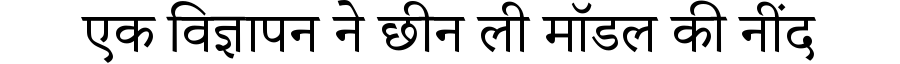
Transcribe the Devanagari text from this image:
एक विज्ञापन ने छीन ली मॉडल की नींद